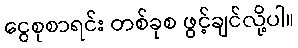
ငွေစုစာရင်း တစ်ခုစ ဖွင့်ချင်လို့ပါ။